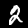
Label: 2